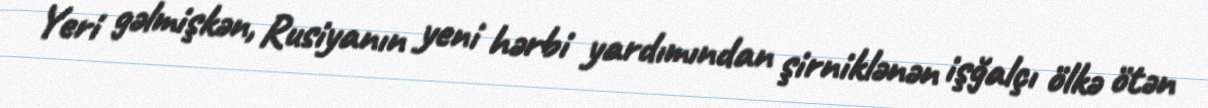
Yeri gəlmişkən, Rusiyanın yeni hərbi yardımından şirniklənən işğalçı ölkə ötən